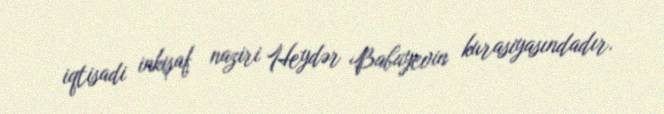
iqtisadi inkişaf naziri Heydər Babayevin kurasiyasındadır.